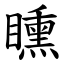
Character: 矄